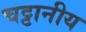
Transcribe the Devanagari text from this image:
चट्टानीय